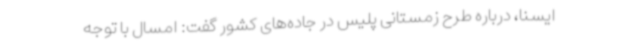
ایسنا، درباره طرح زمستانی پلیس در جاده‌های کشور گفت: امسال با توجه